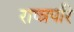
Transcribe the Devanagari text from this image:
राष्त्रपरि